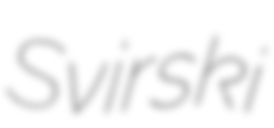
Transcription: Svirski